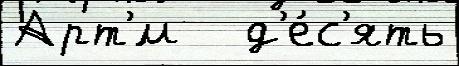
Арт'́м   д'е́с'ять